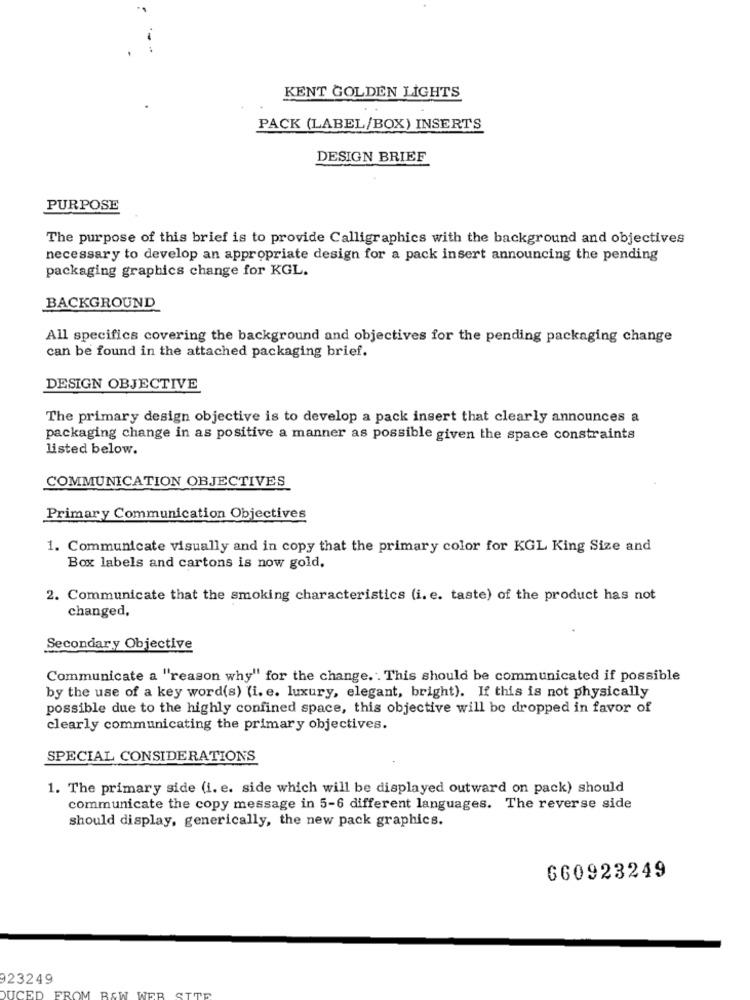
KENT GOLDEN LIGHTS
PACK (LABEL/BOX) INSERTS
DESIGN BRIEF
PURPOSE
The purpose of this brief is to provide Calligraphics with the background and objectives
necessary to develop an appropriate design for a pack insert announcing the pending
packaging graphics change for KGL.
BACKGROUND
All specifics covering the background and objectives for the pending packaging change
can be found in the attached packaging brief.
DESIGN OBJECTIVE
The primary design objective is to develop a pack insert that clearly announces a
packaging change in as positive a manner as possible given the space constraints
listed below.
COMMUNICATION OBJECTIVES
Primary Communication Objectives
1. Communicate visually and in copy that the primary color for KGL King Size and
Box labels and cartons is now gold.
2. Communicate that the smoking characteristics (i. e. taste) of the product has not
changed,
Secondary Objective
Communicate a "reason why" for the change. . This should be communicated if possible
by the use of a key word(s) (i. e. luxury, elegant, bright). If this is not physically
possible due to the highly confined space, this objective will be dropped in favor of
clearly communicating the primary objectives.
SPECIAL CONSIDERATIONS
1. The primary side (i. e. side which will be displayed outward on pack) should
communicate the copy message in 5-6 different languages. The reverse side
should display, generically, the new pack graphics.
660923249
23249
ROW WEB
DUCED
FROM